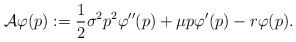
LaTeX: \begin{align*}\mathcal{A}\varphi(p):=\frac{1}{2}\sigma^2p^2\varphi''(p)+\mu p \varphi'(p)-r \varphi(p).\end{align*}